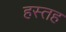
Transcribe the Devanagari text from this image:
हस्तह